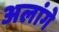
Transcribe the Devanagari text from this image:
अलांगे